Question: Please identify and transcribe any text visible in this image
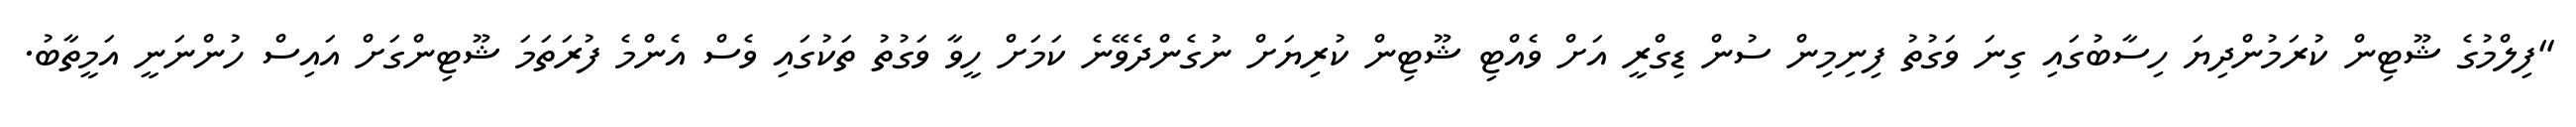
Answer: "ފިލްމުގެ ޝޫޓިން ކުރަމުންދިޔަ ހިސާބުގައި ގިނަ ވަގުތު ފިނިމިން ސުން ޑިގްރީ އަށް ވެއްޓި ޝޫޓިން ކުރިޔަށް ނުގެންދެވޭނެ ކަމަށް ހީވާ ވަގުތު ތަކުގައި ވެސް އެންމެ ފުރަތަމަ ޝޫޓިންގަށް އައިސް ހުންނަނީ އަމީތާބު.